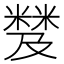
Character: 𥻾